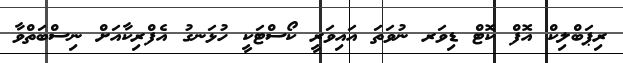
ރިޕަބްލިކް އޮފް ކޮޓް ޑިވަރ ނުވަތަ އައިވަރީ ކޯސްޓަކީ ހުޅަނގު އެފްރިކާއަށް ނިސްބަތްވާ